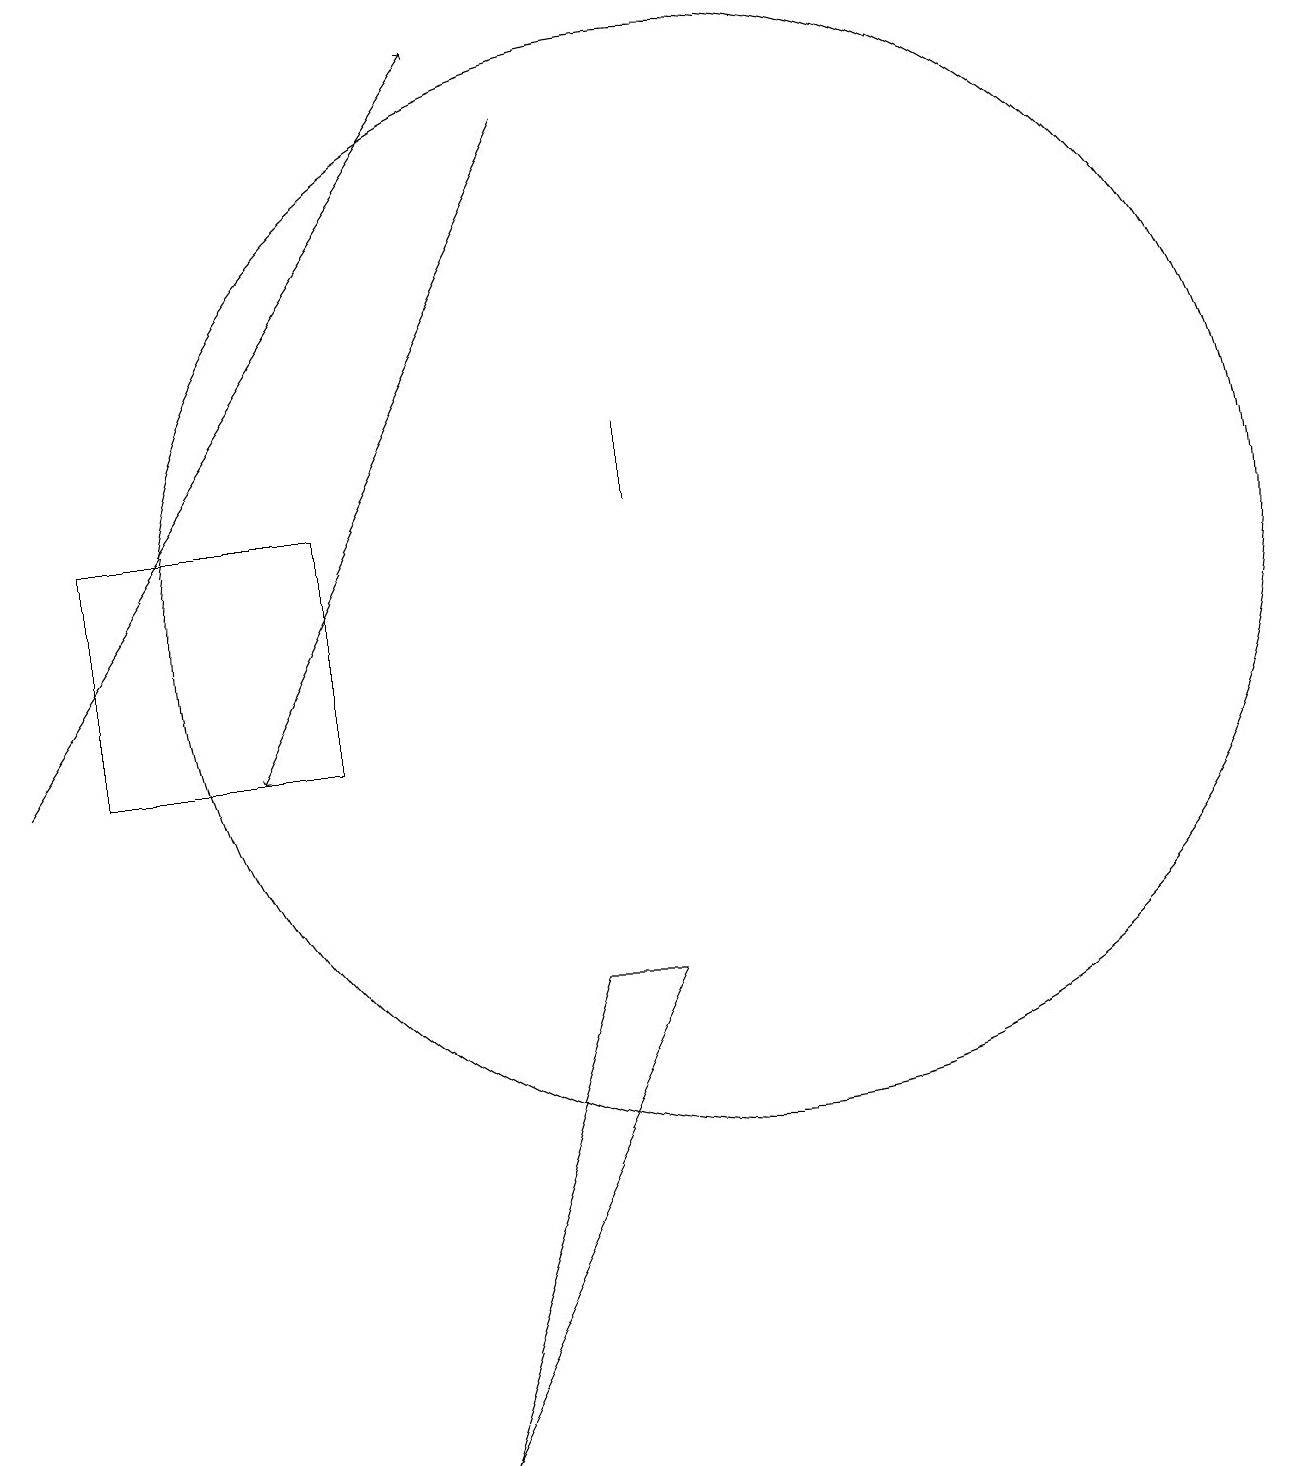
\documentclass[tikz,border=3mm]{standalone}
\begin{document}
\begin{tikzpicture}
\draw (11,12) circle (0);
\draw (5,13) rectangle (2,10);
\draw[->] (1,10) -- (7,19);
\draw (10,12) circle (7);
\draw (9,14) rectangle (9,13);
\draw (9,7) -- (8,7) -- (6,1) -- cycle;
\draw[->] (8,18) -- (4,10);
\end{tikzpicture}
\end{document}